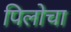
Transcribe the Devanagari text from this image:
पिलोचा